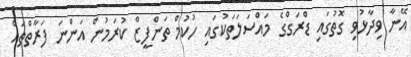
އޭނާ ވިދާޅުވި ގޮތުގައި ޑްރަގްގެ މައްސަލަތަކުގައި ހުކުމް ތަންފީޒް ކުރަމުން އަންނަ ފަރާތްތައް